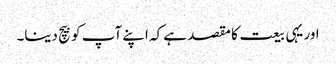
اور یہی بیعت کا مقصد ہے کہ اپنے آپ کو بیچ دینا۔